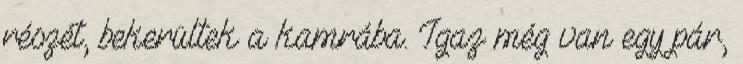
részét, bekerültek a kamrába. Igaz még van egy pár,